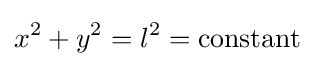
x^{2}+y^{2}=l^{2}={\text{constant}}